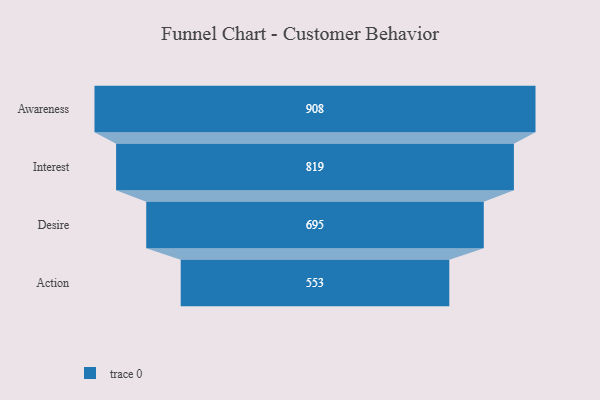
{"axis": {"x": "Stage", "y": "Value"}, "legend": [""], "data": [{"x": "Awareness", "y": 908.0, "type": ""}, {"x": "Interest", "y": 819.0, "type": ""}, {"x": "Desire", "y": 695.0, "type": ""}, {"x": "Action", "y": 553.0, "type": ""}]}